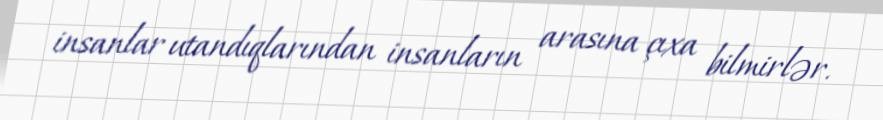
insanlar utandıqlarından insanların arasına çıxa bilmirlər.